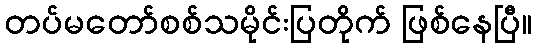
တပ်မတော်စစ်သမိုင်းပြတိုက် ဖြစ်နေပြီ။